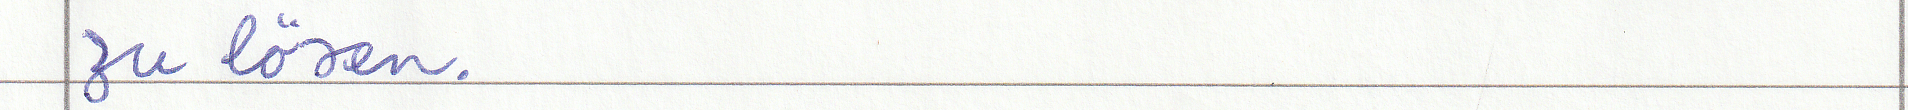
zu lösen.